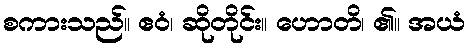
စကားသည်။ ဧဝံ၊ ဆိုတိုင်း။ ဟောတိ၊ ၏။ အယံ